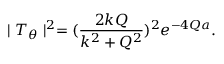
\mid T _ { \theta } \mid ^ { 2 } = ( \frac { 2 k Q } { k ^ { 2 } + Q ^ { 2 } } ) ^ { 2 } e ^ { - 4 Q a } .